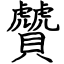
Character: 贙